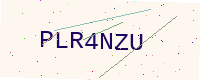
Text: PLR4NZU